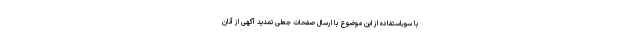
با سوءاستفاده از این موضوع با ارسال صفحات جعلی تمدید آگهی از آنان